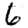
Digit: 6